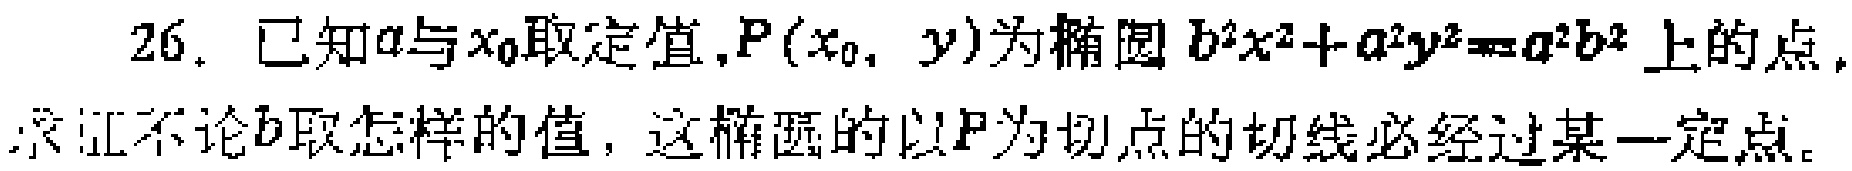
26. 已知\(a\)与\(x_0\)取定值，\(P(x_0, y)\)为椭圆\(b^{2}x^{2}+a^{2}y^{2}=a^{2}b^{2}\)上的点，求证不论\(b\)取怎样的值，这椭圆的以\(P\)为切点的切线必经过某一定点。